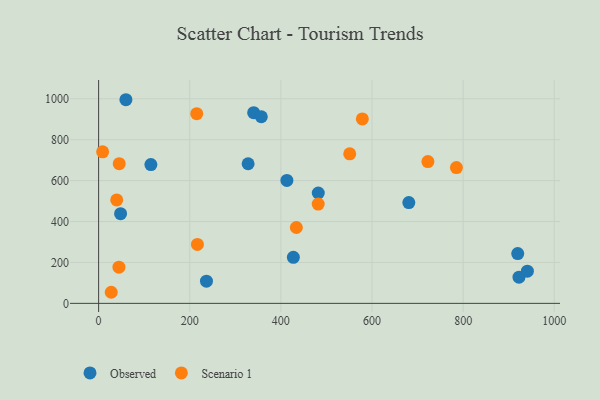
{"axis": {"x": "Ad Spend", "y": "Salary"}, "legend": ["Observed", "Scenario 1"], "data": [{"x": "922.6", "y": 127.9, "type": "Observed"}, {"x": "48.2", "y": 438.2, "type": "Observed"}, {"x": "680.8", "y": 492.6, "type": "Observed"}, {"x": "941.0", "y": 157.4, "type": "Observed"}, {"x": "59.9", "y": 995.5, "type": "Observed"}, {"x": "413.2", "y": 601.1, "type": "Observed"}, {"x": "340.3", "y": 932.1, "type": "Observed"}, {"x": "328.1", "y": 682.4, "type": "Observed"}, {"x": "114.7", "y": 678.7, "type": "Observed"}, {"x": "919.8", "y": 243.2, "type": "Observed"}, {"x": "427.4", "y": 225.3, "type": "Observed"}, {"x": "236.7", "y": 108.5, "type": "Observed"}, {"x": "482.1", "y": 539.6, "type": "Observed"}, {"x": "357.1", "y": 912.3, "type": "Observed"}, {"x": "785.3", "y": 663.9, "type": "Scenario 1"}, {"x": "27.7", "y": 54.2, "type": "Scenario 1"}, {"x": "8.8", "y": 740.8, "type": "Scenario 1"}, {"x": "722.7", "y": 693.0, "type": "Scenario 1"}, {"x": "216.8", "y": 288.0, "type": "Scenario 1"}, {"x": "215.3", "y": 927.4, "type": "Scenario 1"}, {"x": "45.2", "y": 682.8, "type": "Scenario 1"}, {"x": "551.1", "y": 730.8, "type": "Scenario 1"}, {"x": "578.8", "y": 901.6, "type": "Scenario 1"}, {"x": "434.0", "y": 370.8, "type": "Scenario 1"}, {"x": "481.9", "y": 485.5, "type": "Scenario 1"}, {"x": "44.6", "y": 176.7, "type": "Scenario 1"}, {"x": "39.7", "y": 505.5, "type": "Scenario 1"}]}